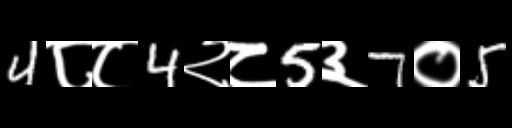
Text: 4८८4२८5३7०5